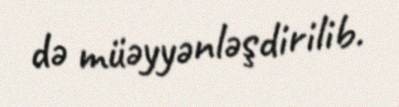
də müəyyənləşdirilib.